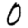
Digit: 0